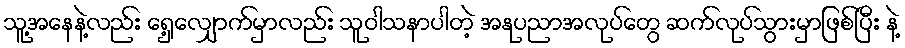
သူ့အနေနဲ့လည်း ရှေ့လျှောက်မှာလည်း သူဝါသနာပါတဲ့ အနုပညာအလုပ်တွေ ဆက်လုပ်သွားမှာဖြစ်ပြီး နဲ့